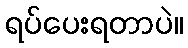
ရပ်ပေးရတာပဲ။